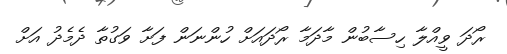
ރޯދަ ވީއްލާ ހިސާބުން މާދަމާ ރޯދައަށް ހުންނަން ފަށާ ވަގުތާ ދެމެދު އަށް